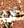
أن